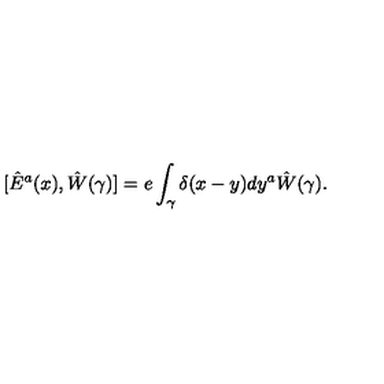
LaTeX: [ \hat { E } ^ { a } ( x ) , \hat { W } ( \gamma ) ] = e \int _ { \gamma } \delta ( x - y ) d y ^ { a } \hat { W } ( \gamma ) .